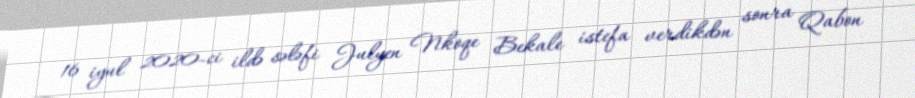
16 iyul 2020-ci ildə sələfi Julyen Nkoqe Bekale istefa verdikdən sonra Qabon